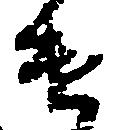
遣